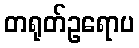
တရုတ်ဥရောပ